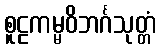
စူဠကမ္မဝိဘင်္ဂသုတ္တံ